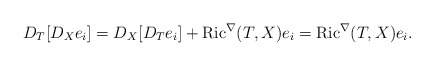
\begin{align*}D_T[D_Xe_i]=D_X[D_Te_i]+{\rm Ric}^\nabla (T,X)e_i={\rm Ric}^\nabla (T,X)e_i.\end{align*}